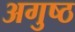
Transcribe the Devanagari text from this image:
अगुष्ठ